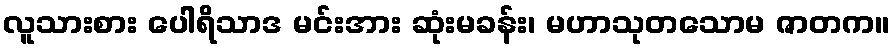
လူသားစား ပေါရိသာဒ မင်းအား ဆုံးမခန်း၊ မဟာသုတသောမ ဇာတက။